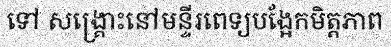
ទៅ សង្គ្រោះនៅមន្ទីរពេទ្យបង្អែកមិត្តភាព